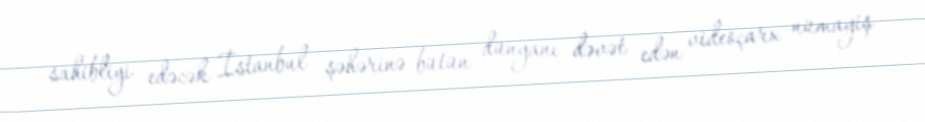
sahibliyi edəcək İstanbul şəhərinə bütün dünyanı dəvət edən videoçarx nümayiş